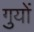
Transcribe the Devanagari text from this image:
गुयों